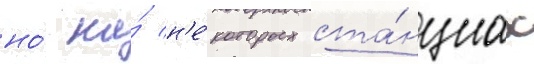
но́ на́ н'е́которых ста́нциах